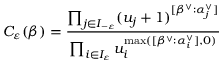
C _ { \varepsilon } ( \beta ) = \frac { \prod _ { j \in I _ { - \varepsilon } } ( u _ { j } + 1 ) ^ { [ \beta ^ { \vee } : \alpha _ { j } ^ { \vee } ] } } { \prod _ { i \in I _ { \varepsilon } } u _ { i } ^ { \operatorname * { m a x } ( [ \beta ^ { \vee } : \alpha _ { i } ^ { \vee } ] , 0 ) } }